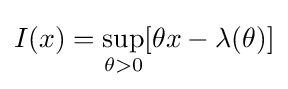
I(x)=\sup _{\theta >0}[\theta x-\lambda (\theta )]